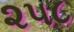
૨૫૮